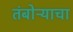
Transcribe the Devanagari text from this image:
तंबोऱ्याचा